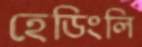
হেডিংলি